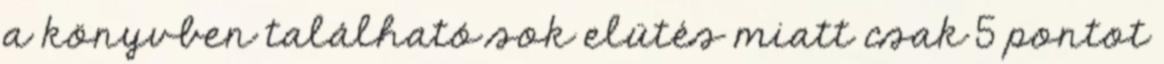
a könyvben található sok elütés miatt csak 5 pontot